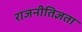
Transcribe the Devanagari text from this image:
राजनीतिज्ञता